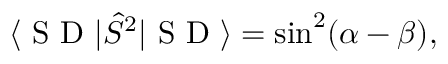
\langle \textrm { S D } | \hat { S } ^ { 2 } | \textrm { S D } \rangle = \sin ^ { 2 } ( \alpha - \beta ) ,